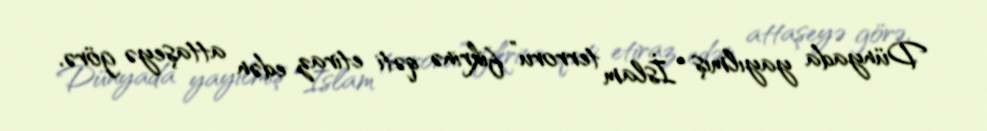
Dünyada yayılmış “İslam terroru” fikrinə qəti etiraz edən attaşeyə görə,